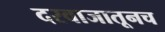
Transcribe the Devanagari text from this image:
दरवाजातूनच